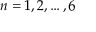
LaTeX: n = 1 , 2 , \ldots , 6